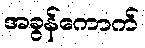
အခွန်ကောက်